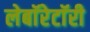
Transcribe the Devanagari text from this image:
लेबाॅरेटाॅरी